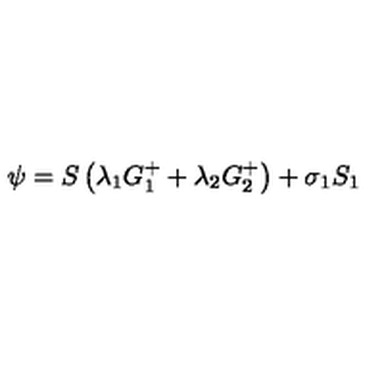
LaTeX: \psi = S \left( \lambda _ { 1 } G _ { 1 } ^ { + } + \lambda _ { 2 } G _ { 2 } ^ { + } \right) + \sigma _ { 1 } S _ { 1 }